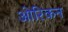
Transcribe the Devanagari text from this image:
ओरिकन